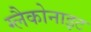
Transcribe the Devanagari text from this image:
ग्लैकोनाइट